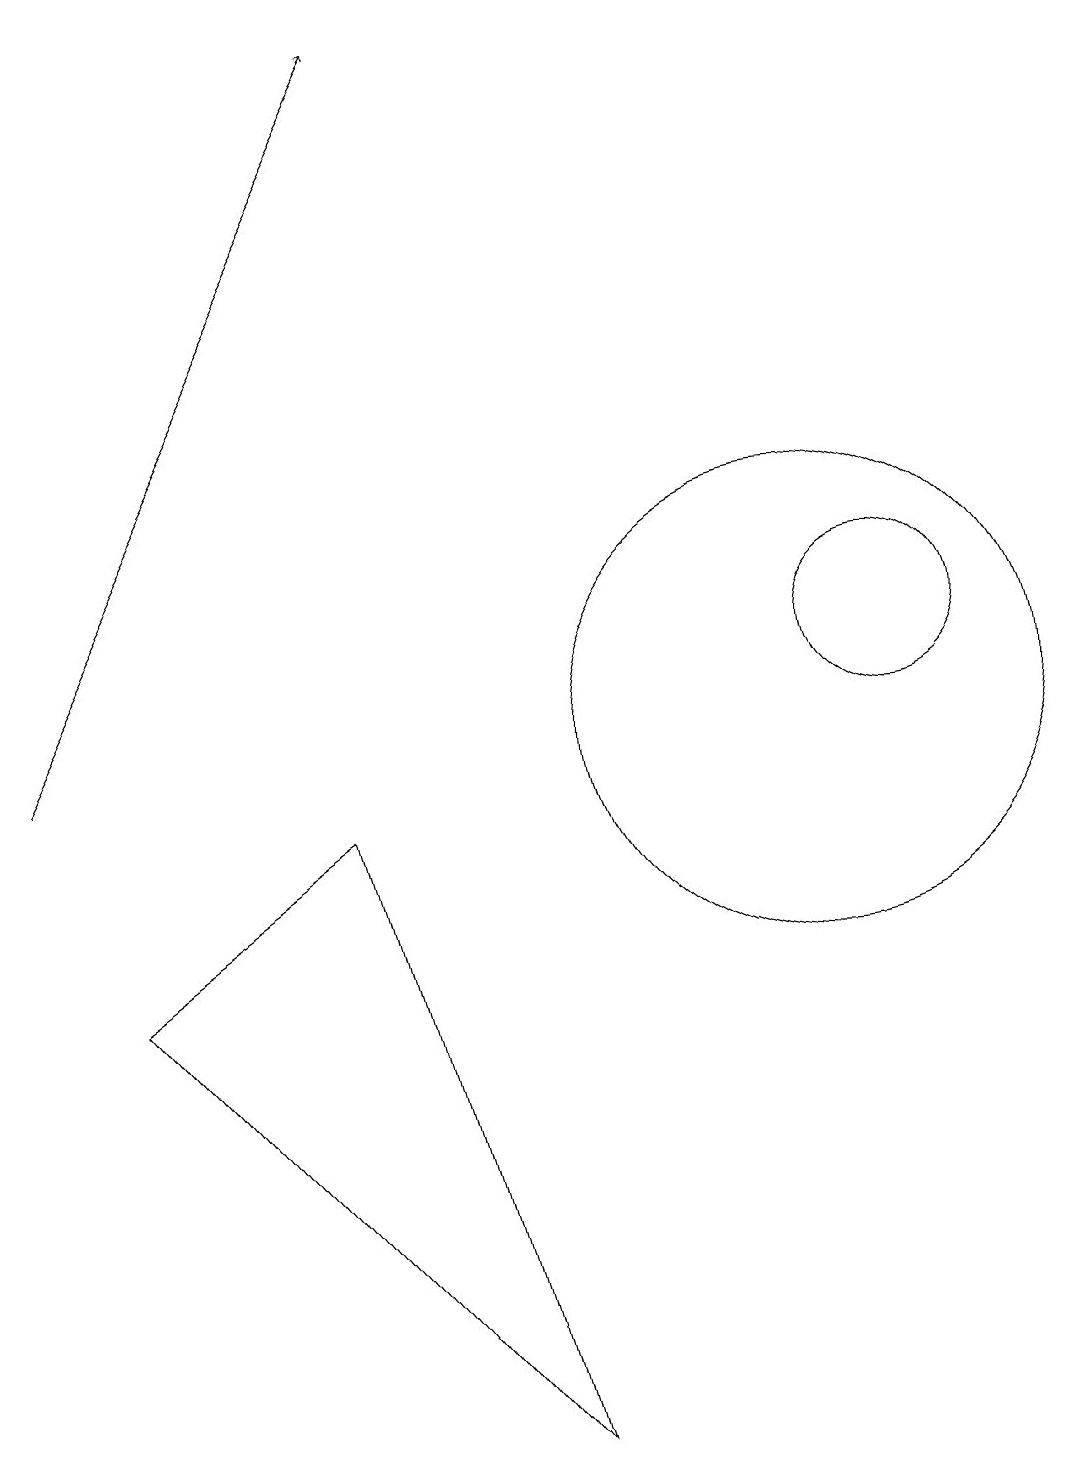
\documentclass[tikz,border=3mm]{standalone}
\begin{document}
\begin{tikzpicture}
\draw[->] (1,10) -- (6,19);
\draw (12,11) circle (1);
\draw (11,10) circle (3);
\draw (7,1) -- (2,7) -- (5,9) -- cycle;
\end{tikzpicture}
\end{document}